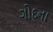
ગોદના